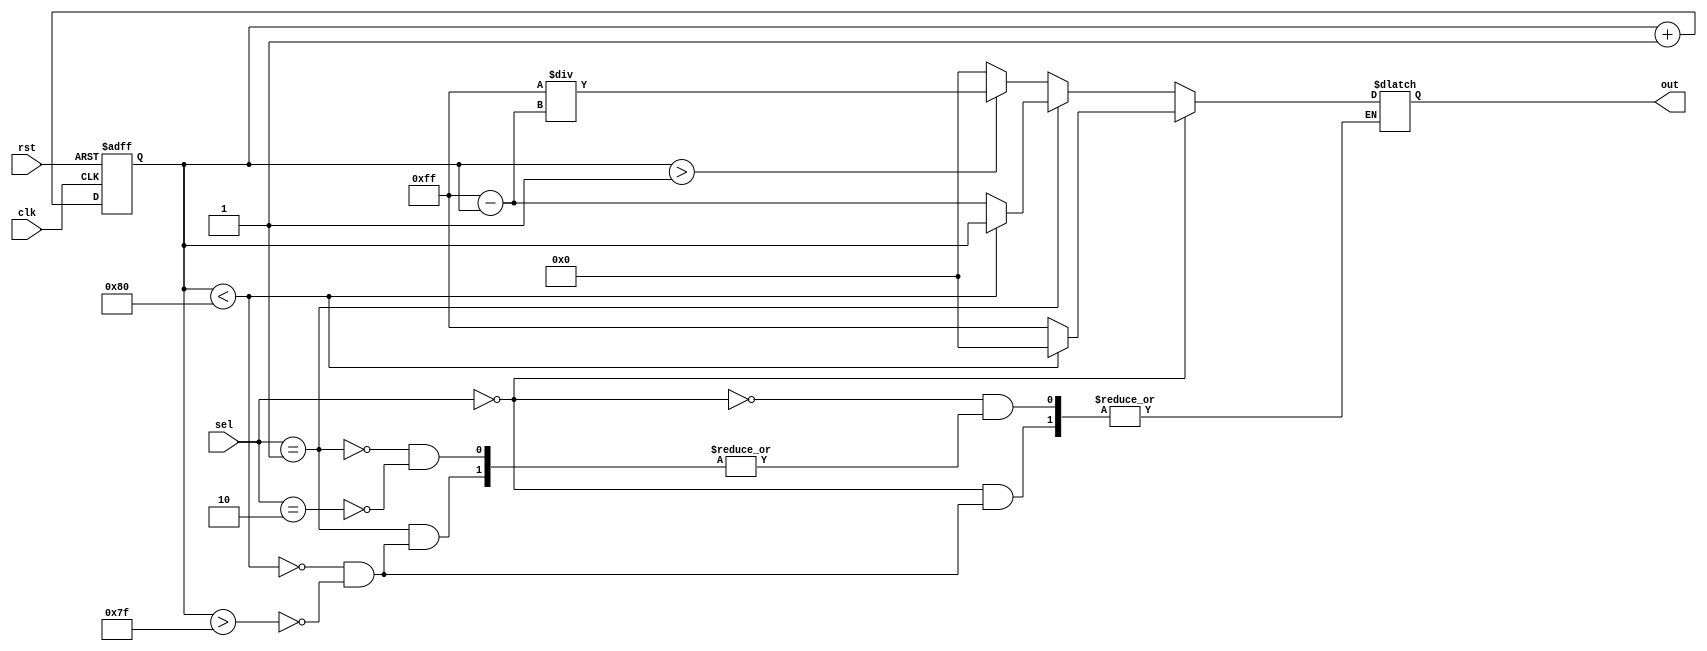
module WaveformGen(output reg[7:0] out, input[1:0] sel, input clk, rst);
    reg [7:0] counter;
    always @(posedge clk,negedge rst)begin
	 if(~rst)
	   counter <= 8'd0;
        else
           counter <= counter + 1'b1;
     end

    always @(counter, sel) begin
        if (sel == 2'b00)begin
            if (counter < 8'd128)
                out <= 8'd0;
            else if (counter > 8'd127) 
                out <= 8'd255;
        end
        else if (sel == 2'b01)begin
            if (counter < 8'd128)
                out <= counter ;
            else if (counter > 8'd127)
                out <= 8'd255 - counter;
        end
        else if (sel == 2'b10)begin
            if (counter > 8'd1)
                out <= (8'd255/(8'd255 - counter));
            else
                out <= 8'd0;
        end
    end
endmodule